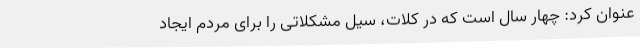
عنوان کرد: چهار سال است که در کلات، سیل مشکلاتی را برای مردم ایجاد